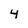
Character: 4